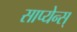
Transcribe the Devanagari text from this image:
साप्येन्स्